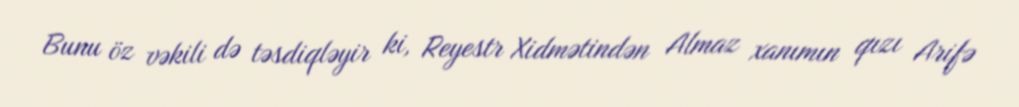
Bunu öz vəkili də təsdiqləyir ki, Reyestr Xidmətindən Almaz xanımın qızı Arifə